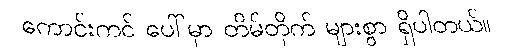
ကောင်းကင် ပေါ်မှာ တိမ်တိုက် များစွာ ရှိပါတယ်။